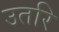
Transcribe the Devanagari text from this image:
उतरि